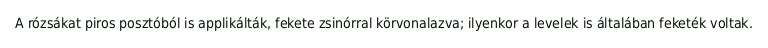
A rózsákat piros posztóból is applikálták, fekete zsinórral körvonalazva; ilyenkor a levelek is általában feketék voltak.